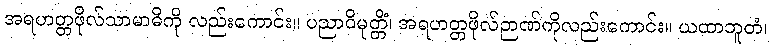
အရဟတ္တဖိုလ်သာမာဓိကို လည်းကောင်း။ ပညာဝိမုတ္တိံ၊ အရဟတ္တဖိုလ်ဉာဏ်ကိုလည်းကောင်း။ ယထာဘူတံ၊